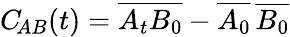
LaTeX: C_{\! AB}(t)=\overline{{A_{t}B_{0}}}-\overline{{A_{0}}}\, \overline{{B_{0}}}